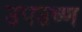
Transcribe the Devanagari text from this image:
उपउष्ण